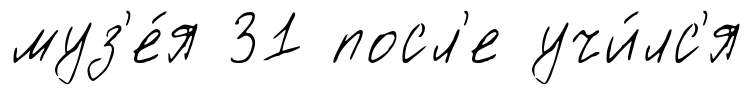
муз'е́я 31 посл'е учи́лс'я